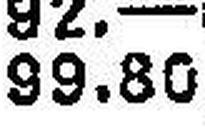
99.80